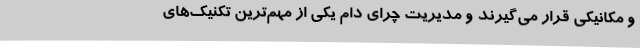
و مکانیکی قرار می‌گیرند و مدیریت چرای دام یکی از مهم‌ترین تکنیک‌های